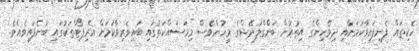
ހެކިތައް ފެނިފައިވާކަމަށާއި ދިވެހިންގެ އިތުރުން ބަންގްލަދޭޝްގެ މީހުންވެސް މިމަސައްކަތުގައި ބައިވެރިވާކަމަށް އެރިޕޯޓްތަކުގައި ބުނެފައިވެއެވެ.